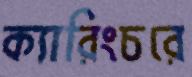
ক্যারিংচরে